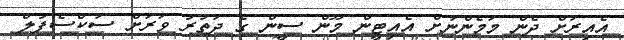
އެއިރަށް ދެން މަމެންނަށް އެއިޓީން މޫން ސީން ގެ ދަތުރު ވަރަށް ސަކްސެފުލް